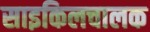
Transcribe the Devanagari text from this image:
साइकिलचालक